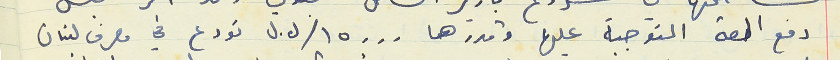
دفع الحصة المتوجبة عليها وقدرها ١٥٠٠٠/ ل.ل تودع في مصرف لبنان